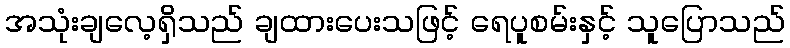
အသုံးချလေ့ရှိသည် ချထားပေးသဖြင့် ရေပူစမ်းနှင့် သူပြောသည်